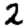
Digit: 2